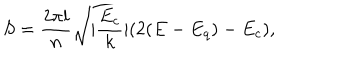
S = \frac { 2 \pi l } { n } \sqrt { | \frac { E _ { c } } { k } | ( 2 ( E - E _ { q } ) - E _ { c } ) } ,